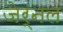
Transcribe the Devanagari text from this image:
जेर्नल